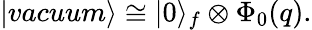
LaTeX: |vacuum\rangle\cong|0\rangle_{f}\otimes\Phi_{0}(q).